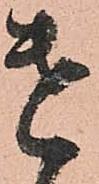
遣